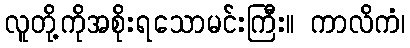
လူတို့ကိုအစိုးရသောမင်းကြီး။ ကာလိကံ၊